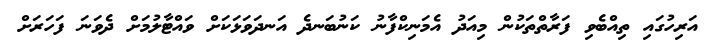
އަރިހުގައި ތިއްބެވި ފަރާތްތަކުން މިއަދު އެމަނިކްފާނު ކަނުބަނދެ އަނދަވަޅަކަށް ވައްޓާލުމަށް ދެވަނަ ފަހަރަށް